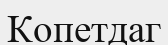
Копетдаг